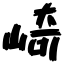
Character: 崎